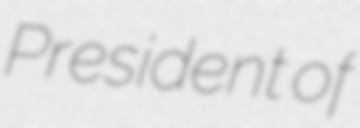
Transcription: President of